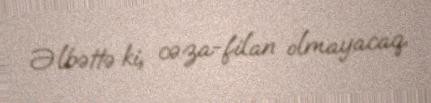
Əlbəttə ki, cəza-filan olmayacaq.